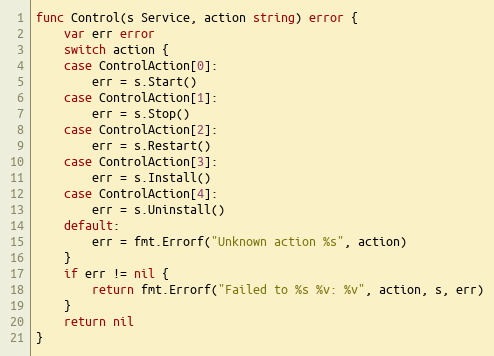
Language: Go
func Control(s Service, action string) error {
	var err error
	switch action {
	case ControlAction[0]:
		err = s.Start()
	case ControlAction[1]:
		err = s.Stop()
	case ControlAction[2]:
		err = s.Restart()
	case ControlAction[3]:
		err = s.Install()
	case ControlAction[4]:
		err = s.Uninstall()
	default:
		err = fmt.Errorf("Unknown action %s", action)
	}
	if err != nil {
		return fmt.Errorf("Failed to %s %v: %v", action, s, err)
	}
	return nil
}